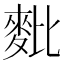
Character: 𪌈